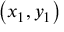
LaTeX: \left( x _ { 1 } , y _ { 1 } \right)